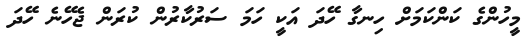
މީހުންގެ ކަންކަމަށް ހިނގާ ހޭދަ އަކީ ހަމަ ސަރުކާރުން ކުރަން ޖެހޭނެ ހޭދަ